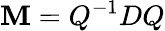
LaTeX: \mathbf{M}=Q^{-1}DQ